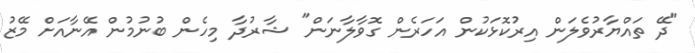
"ދޭ ތައްޔާރުވެލަން އިރުކޮޅަކުން އަހަރެން ގޮވާލާނަން" ޝާރުދާ މިހެން ބުނުމުން އޭނާއަށް މޭޒު